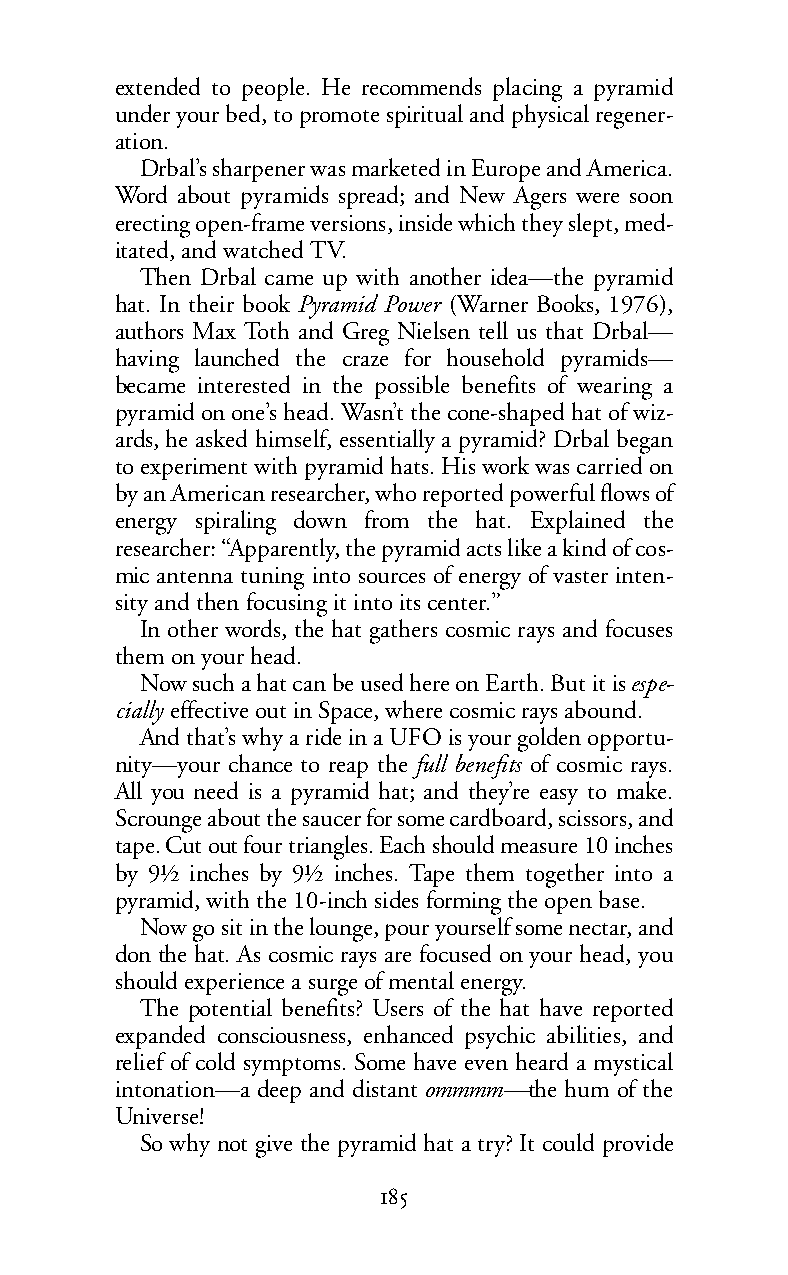
extended to people. He recommends placing a pyramid
 under your bed, to promote spiritual and physical regener-
 ation.
 Drbal’s sharpener was marketed in Europe and America.
 Word about pyramids spread; and New Agers were soon
 erecting open-frame versions, inside which they slept, med-
 itated, and watched TV.
 Then Drbal came up with another idea—the pyramid
 hat. In their book Pyramid Power (Warner Books, 1976),
 authors Max Toth and Greg Nielsen tell us that Drbal—
 having launched the craze for household pyramids—
 became interested in the possible benefits of wearing a
 pyramid on one’s head. Wasn’t the cone-shaped hat of wiz-
 ards, he asked himself, essentially a pyramid? Drbal began
 to experiment with pyramid hats. His work was carried on
 by an American researcher, who reported powerful flows of
 energy spiraling down from the hat. Explained the
 researcher: “Apparently, the pyramid acts like a kind of cos-
 mic antenna tuning into sources of energy of vaster inten-
 sity andthen focusing it into its center.”
 In other words, the hat gathers cosmic rays and focuses
 them on your head.
 Nowsuch a hat can be used here on Earth. But it isespe-
 cially effective out in Space, where cosmic rays abound.
 And that’s why a ride in a UFO is your golden opportu-
 nity—your chance to reap the full benefits of cosmic rays.
 All you need is a pyramid hat; and they’re easy to make.
 Scrounge about the saucer for some cardboard, scissors, and
 tape.Cutout four triangles.Each should measure 10 inches
 by 9½ inches by 9½ inches. Tape them together into a
 pyramid, with the 10-inch sides forming the open base.
 Now go sit in the lounge, pour yourself some nectar, and
 don the hat. As cosmic rays are focused on your head, you
 should experience a surge of mental energy.
 The potential benefits? Users of the hat have reported
 expanded consciousness, enhanced psychic abilities, and
 relief of cold symptoms. Some have even heard a mystical
 intonation—a deep and distantommmm—the hum of the
 Universe!
 So why not give the pyramid hat a try? It could provide
 